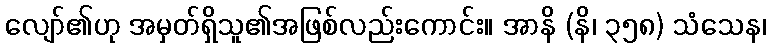
လျော်၏ဟု အမှတ်ရှိသူ၏အဖြစ်လည်းကောင်း။ အာနိ (နိ၊ ၃၅၈) သံသေန၊